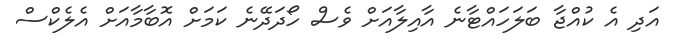
އަދި އެ ކުއްޖާ ބަލަހައްޓާނެ އާއިލާއަށް ވެސް ހޯދަދޭނެ ކަމަށް އޮބާމާއަށް އެލެކްސް